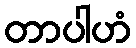
တာပါဟံ